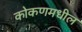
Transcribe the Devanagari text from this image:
कोकणमधील